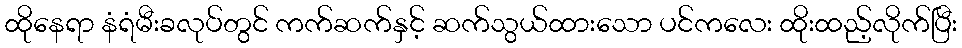
ထိုနေရာ နံရံမီးခလုပ်တွင် ကက်ဆက်နှင့် ဆက်သွယ်ထားသော ပင်ကလေး ထိုးထည့်လိုက်ပြီး